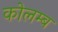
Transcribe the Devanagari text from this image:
कोलम्ब